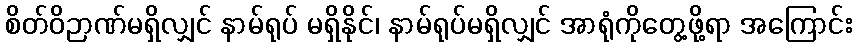
စိတ်ဝိဉာဏ်မရှိလျှင် နာမ်ရုပ် မရှိနိုင်၊ နာမ်ရုပ်မရှိလျှင် အာရုံကိုတွေ့ဖို့ရာ အကြောင်း